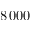
8 \, 0 0 0